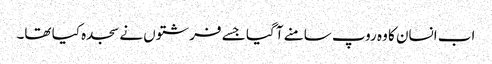
اب انسان کا وہ روپ سامنے آ گیا جسے فرشتوں نے سجدہ کیا تھا۔